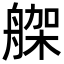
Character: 𦩪